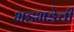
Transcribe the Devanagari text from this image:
भडभडेची